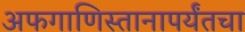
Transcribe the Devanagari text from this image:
अफगाणिस्तानापर्यंतचा